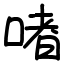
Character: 啫